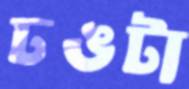
ঢঙটা